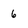
Character: 6